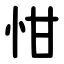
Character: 㤌